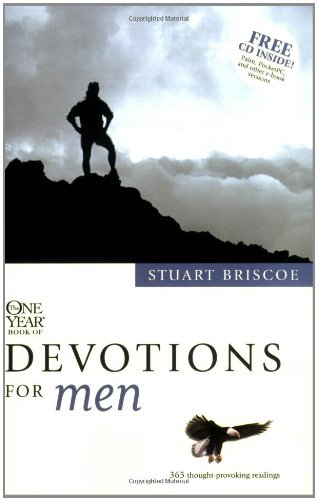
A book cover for The One Year Devotions for Men; Stuart Briscoe; Christian Books & Bibles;